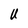
Character: U